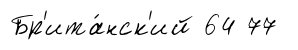
Бр'ита́нск'ий 64 77